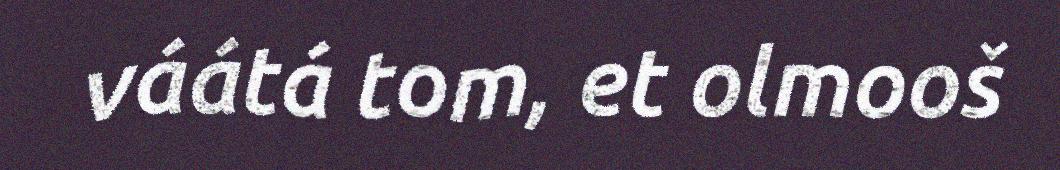
váátá tom, et olmooš